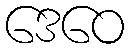
ဒေဝေ